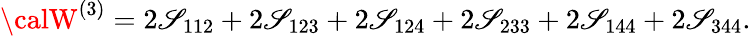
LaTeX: {\calW}^{(3)}=2\mathscr{S}_{112}+2\mathscr{S}_{123}+2\mathscr{S}_{124}+2\mathscr{S}_{233}+2\mathscr{S}_{144}+2\mathscr{S}_{344}.